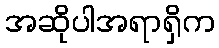
အဆိုပါအရာရှိက